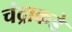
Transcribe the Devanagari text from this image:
चंद्राकडे